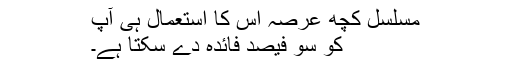
مسلسل کچھ عرصہ اس کا استعمال ہی آپ
کو سو فیصد فائدہ دے سکتا ہے۔